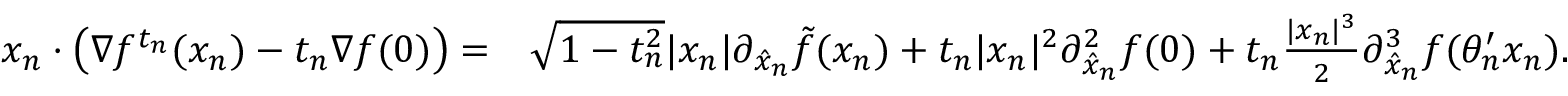
\begin{array} { r l } { x _ { n } \cdot \big ( \nabla f ^ { t _ { n } } ( x _ { n } ) - t _ { n } \nabla f ( 0 ) \big ) = } & { \sqrt { 1 - t _ { n } ^ { 2 } } \lvert x _ { n } \rvert \partial _ { \hat { x } _ { n } } \Tilde { f } ( x _ { n } ) + t _ { n } \lvert x _ { n } \rvert ^ { 2 } \partial _ { \hat { x } _ { n } } ^ { 2 } f ( 0 ) + t _ { n } \frac { \lvert x _ { n } \rvert ^ { 3 } } { 2 } \partial _ { \hat { x } _ { n } } ^ { 3 } f ( \theta _ { n } ^ { \prime } x _ { n } ) . } \end{array}